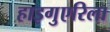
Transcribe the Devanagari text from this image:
हाइगुएरिला